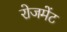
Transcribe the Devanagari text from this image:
रोजमेंट